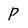
Character: P